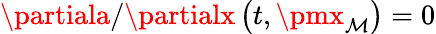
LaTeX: \partiala/\partialx\left(t,\pmx_{\mathcal{M}}\right)=0